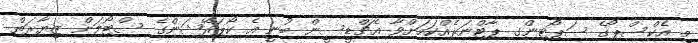
މި އެކްސްޕޯގެ ސަޕޯޓިންގ ޕާޓްނަރެއްކަމަށްވާ އެޗްޑީސީން ބުނީ އެ ކޯޕަރޭޝަންގެ ސްޓޯލަށް ޒިޔާރަތް